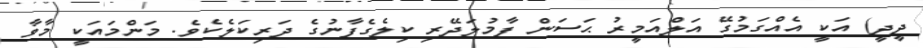
ދީދީ) އަކީ އެއްގަމުގޭ އަލްއަމީރު ޙަސަން ފާމުލަދޭރި ކިލެގެފާނުގެ ދަރިކަލެކެވެ. މަންމައަކީ މާވާ